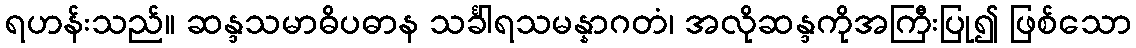
ရဟန်းသည်။ ဆန္ဒသမာဓိပဓာန သင်္ခါရသမန္နာဂတံ၊ အလိုဆန္ဒကိုအကြီးပြု၍ ဖြစ်သော